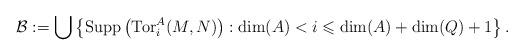
LaTeX: \begin{align*}\mathcal{B} := \bigcup\left\{ \operatorname{Supp}\left( \operatorname{Tor}_i^A(M,N) \right) : \dim(A) < i \leqslant \dim(A) + \dim(Q) + 1 \right\}.\end{align*}